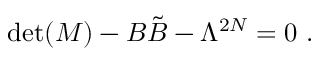
\operatorname * { d e t } ( M ) - B { \tilde { B } } - \Lambda ^ { 2 N } = 0 ~ .